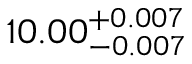
1 0 . 0 0 _ { - 0 . 0 0 7 } ^ { + 0 . 0 0 7 }